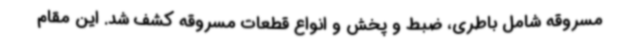
مسروقه شامل باطری، ضبط و پخش و انواع قطعات مسروقه کشف شد. این مقام